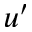
u ^ { \prime }